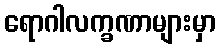
ရောဂါလက္ခဏာများမှာ